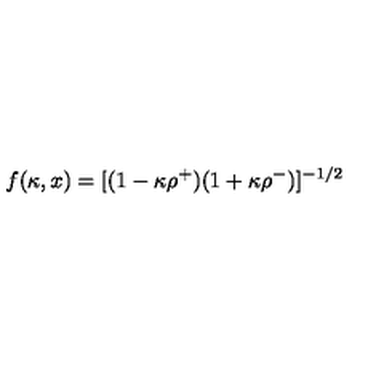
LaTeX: f ( \kappa , x ) = [ ( 1 - \kappa \rho ^ { + } ) ( 1 + \kappa \rho ^ { - } ) ] ^ { - 1 / 2 }